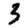
Digit: 3